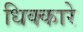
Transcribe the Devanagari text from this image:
धिक्कारे